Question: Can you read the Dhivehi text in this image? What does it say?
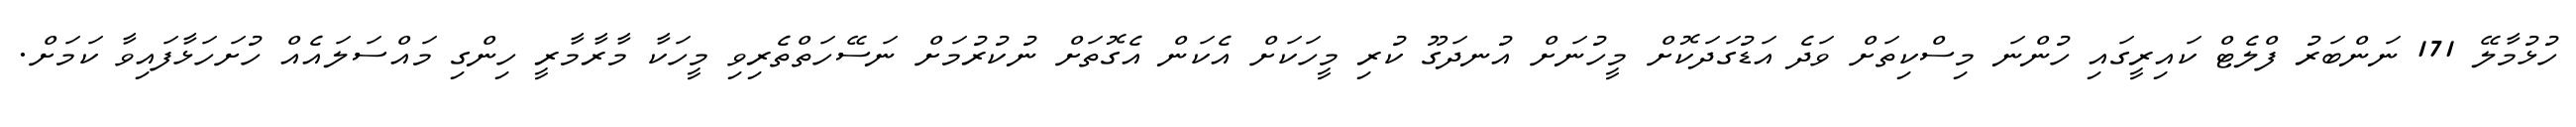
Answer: ހުޅުމާލޭ 171 ނަންބަރު ފްލެޓް ކައިރީގައި ހުންނަ މިސްކިތަށް ވަދެ އަޑުގަދަކޮށް މީހުނަށް އުނދަގޫ ކުރި މީހަކަށް އެކަން އެގޮތަށް ނުކުރުމަށް ނަސޭހަތްތެރިވި މީހަކާ މާރާމާރީ ހިންގި މައްސަލައެއް ހުށަހަޅާފައިވާ ކަމަށް.